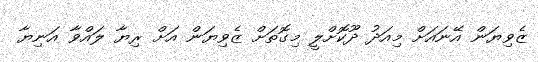
ޒެވިޔަން އޭނައަށް މިއަދު ދޫކޮށްލީ މިގޮތަށް ޒެވިޔަން އަށް ރިޔާ ލައްވާ އަނިޔާ